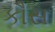
કૌસ